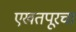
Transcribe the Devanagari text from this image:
एखतपूरचा